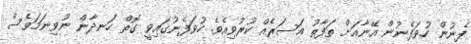
ފެނުން ހުވަފެނުން އޭނާއަށް ތަފާތު އަސަރެއް ކުރުވިއެވެ. ހުވަފެނުގައިވީ ގޮތް ހަނދާން ނުވިނަމަވެސް